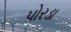
પોરડા